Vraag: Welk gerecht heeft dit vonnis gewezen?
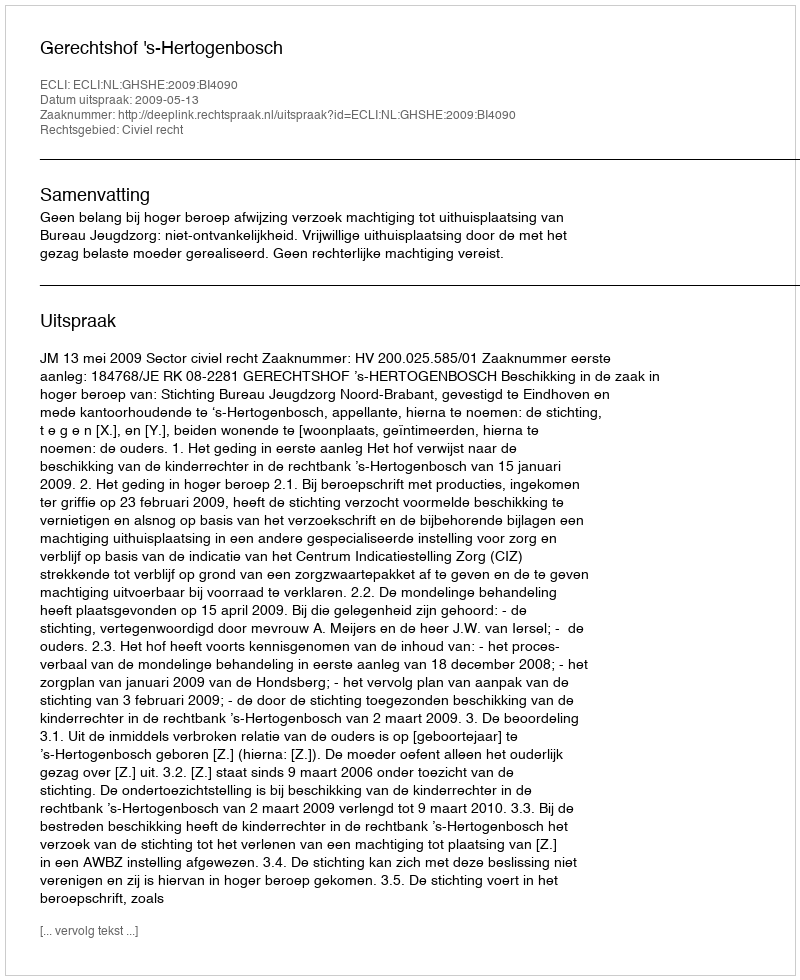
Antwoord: Gerechtshof 's-Hertogenbosch